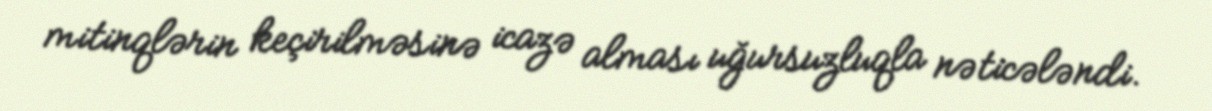
mitinqlərin keçirilməsinə icazə alması uğursuzluqla nəticələndi.